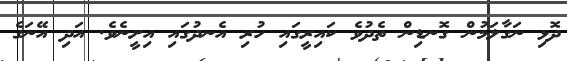
ދޮޅި ނަގާލަމުން ގޮނޑިން ތެދުވެ ކައިރީގައި ހުރި އެނދުގައި އިށީނެވެ. އަދި އޭނަގެ